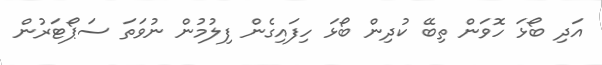
އަދި ބޯޅަ ހޮވަން ތިބޭ ކުދިން ބޯޅަ ހިފައިގެން ފިލުމުން ނުވަތަ ސަޕޯޓަރުން